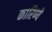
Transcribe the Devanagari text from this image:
कारिण्यै